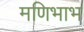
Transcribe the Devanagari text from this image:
मणिभाभ